Sketch of the medical history of the native army of Bombay, for the year
Year: 1870
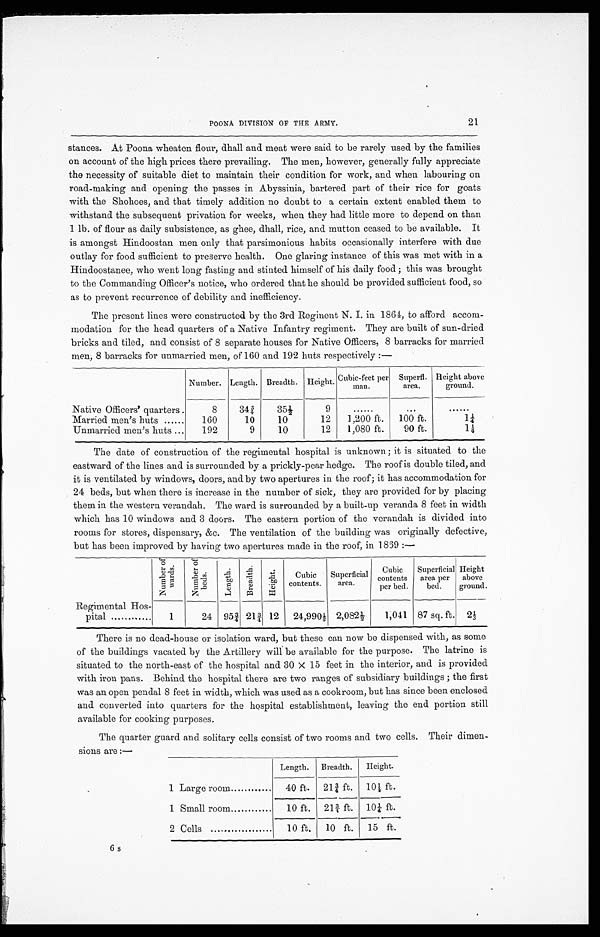
POONA DIVISION OF THE ARMY.
21
stances. At Poona wheaten flour, dhall and meat were said to be rarely used by the families
on account of the high prices there prevailing. The men, however, generally fully appreciate
the necessity of suitable diet to maintain their condition for work, and when labouring on
road-making and opening the passes in Abyssinia, bartered part of their rice for goats
with the Shohoes, and that timely addition no doubt to a certain extent enabled them to
withstand the subsequent privation for weeks, when they had little more to depend on than
1 lb. of flour as daily subsistence, as ghee, dhall, rice, and mutton ceased to be available. It
is amongst Hindoostan men only that parsimonious habits occasionally interfere with due
outlay for food sufficient to preserve health. One glaring instance of this was met with in a
Hindoostanee, who went long fasting and stinted himself of his daily food ; this was brought
to the Commanding Officer's notice, who ordered that he should be provided sufficient food, so
as to prevent recurrence of debility and inefficiency.
The present lines were constructed by the 3rd Regiment N. I. in 1864, to afford accom
-modation for the head quarters of a Native Infantry regiment. They are built of sun-dried
bricks and tiled, and consist of 8 separate houses for Native Officers, 8 barracks for married
men, 8 barracks for unmarried men, of 160 and 192 huts respectively :—
Number. Length. Breadth. Height. Cubic-feet per
man.
Superf1.
area.
Height above
ground.
Native Officers' quarters .
8
34
35½
9
. . . . . . .
. . .
. . . . . .
Married men's huts ......
160
10
10
12
1,200 ft. 100 ft.
1 ¼
Unmarried men's huts ...
192
9
10
12 1,080 ft.
90 ft.
1 ¼
The date of construction of the regimental hospital is unknown ; it is situated to the
eastward of the lines and is surrounded by a prickly-pear hedge. The roof is double tiled, and
it is ventilated by windows, doors, and by two apertures in the roof; it has accommodation for
24 beds, but when there is increase in the number of sick, they are provided for by placing
them in the western verandah. The ward is surrounded by a built-up veranda 8 feet in width
which has 10 windows and 3 doors. The eastern portion of the verandah is divided into
rooms for stores, dispensary, &c. The ventilation of the building was originally defective,
but has been improved by having two apertures made in the roof, in 1839 :—
N u m b e r o f
w a r d s .
N u m b e r o f
b e d s .
L e n g t h . B r e a d t h .
H e i g h t . Cubic
contents.
Superficial
area.
Cubic
contents
per bed.
Superficial
area per
bed.
Height
above
ground.
Regimental Hos-
pital ............
1
24 95¾ 21¾ 12 24,990½ 2,082½
1,041 87 sq. ft. 2 1 / 3
There is no dead-house or isolation ward, but these can now be dispensed with, as some
of the buildings vacated by the Artillery will be available for the purpose. The latrine is
situated to the north-east of the hospital and 30 x 15 feet in the interior, and is provided
with iron pans. Behind the hospital there are two ranges of subsidiary buildings ; the first
was an open pendal 8 feet in width, which was used as a cook room, but has since been enclosed
and converted into quarters for the hospital establishment, leaving the end portion still
available for cooking purposes.
The quarter guard and solitary cells consist of two rooms and two cells. Their dimen
-sions are :—
Length. Breadth. Height.
1 Large room............... 40 ft. 21¾ ft. 10¼ ft.
1 Small room............... 10 ft. 21¾ ft. 10¼ ft.
2 Cells ...............
10 ft. 10 ft. 15 ft.
6 s